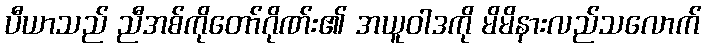
ပီယာသည် ညီအစ်ကိုတော်ဂိုဏ်း၏ အယူဝါဒကို မိမိနားလည်သလောက်